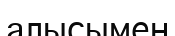
алысымен